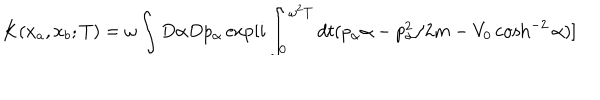
K ( x _ { a } , x _ { b } ; T ) = \omega \int D \alpha D p _ { \alpha } \exp [ i \int _ { 0 } ^ { \omega ^ { 2 } T } d t ( p _ { \alpha } \alpha - p _ { \alpha } ^ { 2 } / 2 m - V _ { 0 } \cosh ^ { - 2 } \alpha ) ]